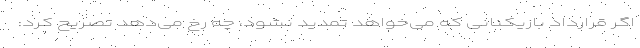
اگر قرارداد بازیکنانی که می‌خواهد تمدید نشود، چه رخ می‌دهد تصریح کرد: